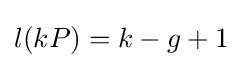
l(kP)=k-g+1